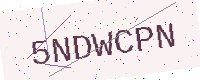
Text: 5NDWCPN